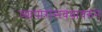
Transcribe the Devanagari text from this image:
व्यापारासंबंधावरुन